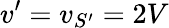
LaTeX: v^{\prime}=v_{S^{\prime}}=2V